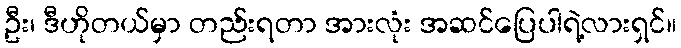
ဦး၊ ဒီဟိုတယ်မှာ တည်းရတာ အားလုံး အဆင်ပြေပါရဲ့လားရှင်။